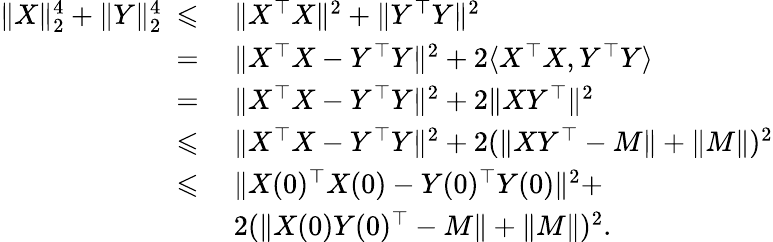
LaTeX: \begin{array}{rl}{\| X\| _{2}^{4}+\| Y\| _{2}^{4}~\leqslant}&{~\| X^{\top}X\| ^{2}+\| Y^{\top}Y\| ^{2}}\\ {=}&{~\| X^{\top}X-Y^{\top}Y\| ^{2}+2\langle X^{\top}X,Y^{\top}Y\rangle}\\ {=}&{~\| X^{\top}X-Y^{\top}Y\| ^{2}+2\| XY^{\top}\| ^{2}}\\ {\leqslant}&{~\| X^{\top}X-Y^{\top}Y\| ^{2}+2(\| XY^{\top}-M\| +\| M\| )^{2}}\\ {\leqslant}&{~\| X(0)^{\top}X(0)-Y(0)^{\top}Y(0)\| ^{2}+}\\ &{~2(\| X(0)Y(0)^{\top}-M\| +\| M\| )^{2}.}\end{array}